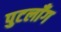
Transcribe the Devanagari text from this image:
पुटलाँग